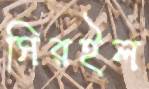
সিরইল